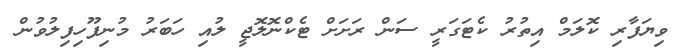
ވިޔަފާރި ކޮލަމް އިތުރު ކެޓަގަރީ ސަން ރަށަށް ޓެކްނޮލޮޖީ ލުއި ހަބަރު މުނިފޫހިފިލުވުން